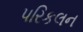
પરિકલન